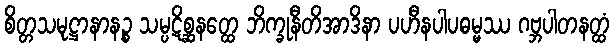
စိတ္တသမုဋ္ဌာနာနဉ္စ သမ္ပဋိစ္ဆနတ္ထေ ဘိက္ခုနီတိအာဒိနာ ပဟီနပါပဓမ္မဿ ဂဗ္ဘပါတနတ္ထံ